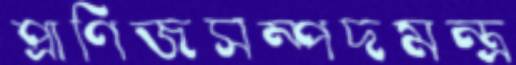
প্রাণিজসম্পদমন্ত্র